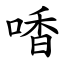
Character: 㗍